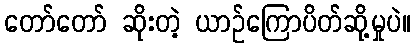
တော်တော် ဆိုးတဲ့ ယာဉ်ကြောပိတ်ဆို့မှုပဲ။